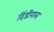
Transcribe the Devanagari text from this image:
दिंडीगल